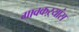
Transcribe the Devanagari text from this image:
गावकऱ्यांस